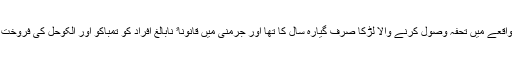
لیکن مسئلہ یہ بنا کہ اس واقعے میں تحفہ وصول کرنے والا لڑکا صرف گیارہ سال کا تھا اور جرمنی میں قانوناﹰ نابالغ افراد کو تمباکو اور الکوحل کی فروخت یا ان کی فراہمی منع ہے۔